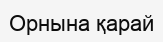
Орнына қарай